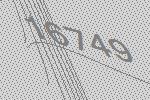
16749